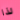
لذا